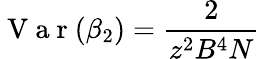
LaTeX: \mathrm{~V~a~r~}(\beta_{2})=\frac{2}{z^{2}B^{4}N}